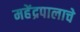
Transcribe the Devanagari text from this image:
महेंद्रपालाचे